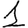
Digit: 1